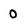
Character: 0